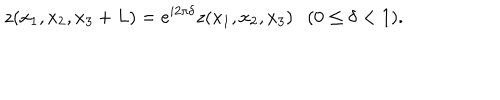
LaTeX: z ( x _ { 1 } , x _ { 2 } , x _ { 3 } + L ) = e ^ { i 2 \pi \delta } z ( x _ { 1 } , x _ { 2 } , x _ { 3 } ) ( 0 \leq \delta < 1 ) .